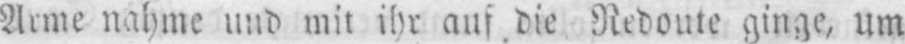
Arme nahme und mit ihr auf die Redoute ginge, um